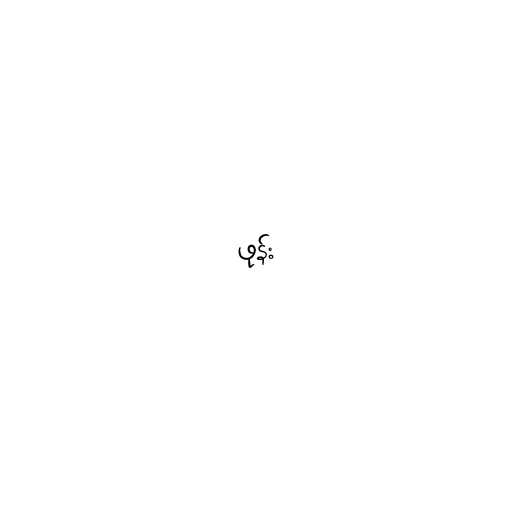
ဖုန်း